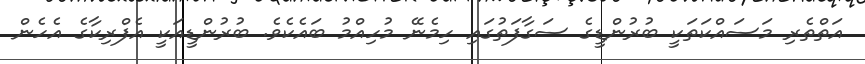
އަތްތެރި މަސައްކަތަކީ ބުރުންޑީގެ ސަގާފަތުގައި ހިމެނޭ މުހިއްމު ބައެކެވެ. ބުރުންޑީއަކީ އެފްރިކާގެ އެހެން